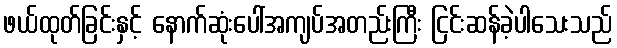
ဖယ်ထုတ်ခြင်းနှင့် နောက်ဆုံးပေါ်အကျပ်အတည်းကြီး ငြင်းဆန်ခဲ့ပါသေးသည်